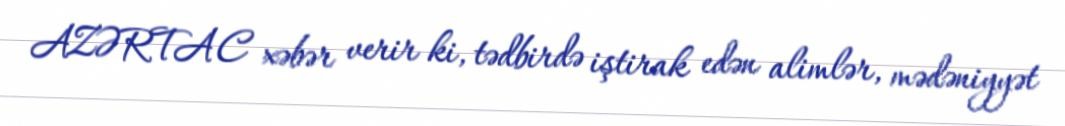
AZƏRTAC xəbər verir ki, tədbirdə iştirak edən alimlər, mədəniyyət